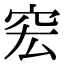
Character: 䆖